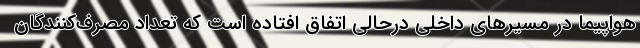
هواپیما در مسیرهای داخلی درحالی اتفاق افتاده است که تعداد مصرف‌کنندگان